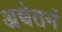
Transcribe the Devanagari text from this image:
अचेतनं